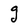
Character: g